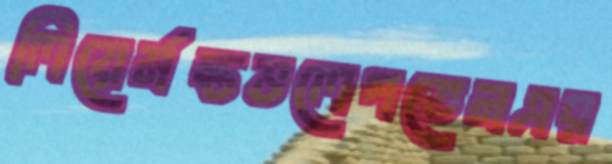
লিয়ের্মন্তভলেপতেনএর